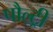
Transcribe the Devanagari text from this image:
पौल्ट्री